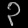
Digit: ၃